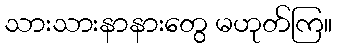
သားသားနာနားတွေ မဟုတ်ကြ။